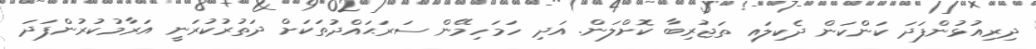
ދިރިއުޅުންފަދަ ކަންކަން ދެކިލައި ތަޖުރިބާ ކޮށްލަން. އަދި ހަމަހިމޭން ސަރަޙައްދުތަކަށް ދަތުރުކުރަނީ އަރާމުކުރުންފަދަ